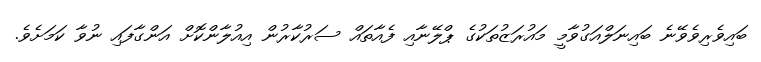
ބައިވެރިވެވޭނެ ބައިނަލްއަގުވާމީ މައުރަޒުތަކުގެ ޕްލޭނާއި ފެއާތައް ސަރުކާރުން އިއުލާންކޮށް އަންގާފައި ނުވާ ކަމަށެވެ.